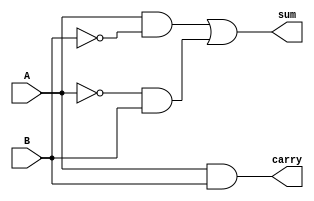
`timescale 1ns/1ns
module HalfAdder (
    sum,carry,A,B
);
    input A,B;
    output sum,carry;
    not #1 (Abar,A);
    not #1 (Bbar,B);
    and #1 (ABbar,A,Bbar);
    and #1 (AbarB,Abar,B);
    or #1 (sum,ABbar,AbarB);
    and #1 (carry,A,B);
endmodule
module FullAdder (
    A,B,carryin,carryout,sum
);
    input A,B,carryin;
    output carryout,sum;
    wire carrymid1,carrymid2,summid;
    HalfAdder HA1(.sum(summid),.carry(carrymid1),.A(A),.B(B));
    HalfAdder HA2(.sum(sum),.carry(carrymid2),.A(summid),.B(carryin));
    or #1 (carryout,carrymid1,carrymid2);
endmodule
module RCA (
    input wire[3:0] in1, input wire[3:0] in2, output wire[3:0] out, input wire cin, output wire carry
);
    wire c1,c2,c3;
    FullAdder F1(.A(in1[0]),.B(in2[0]),.sum(out[0]),.carryin(cin),.carryout(c1));
    FullAdder F2(.A(in1[1]),.B(in2[1]),.sum(out[1]),.carryin(c1),.carryout(c2));
    FullAdder F3(.A(in1[2]),.B(in2[2]),.sum(out[2]),.carryin(c2),.carryout(c3));
    FullAdder F4(.A(in1[3]),.B(in2[3]),.sum(out[3]),.carryin(c3),.carryout(carry));
endmodule
// For the first case the delay in obtaining sum is 9ns
// For the first case the delay in obtaining carry is 7ns
// After changing the input the sum stabilizes after 5ns. The imput changes at 20ns and the sum finally stabilizes at 25ns